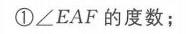
\textcircled{1}\(\angle EAF\) 的度数；